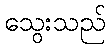
သွေးသည်